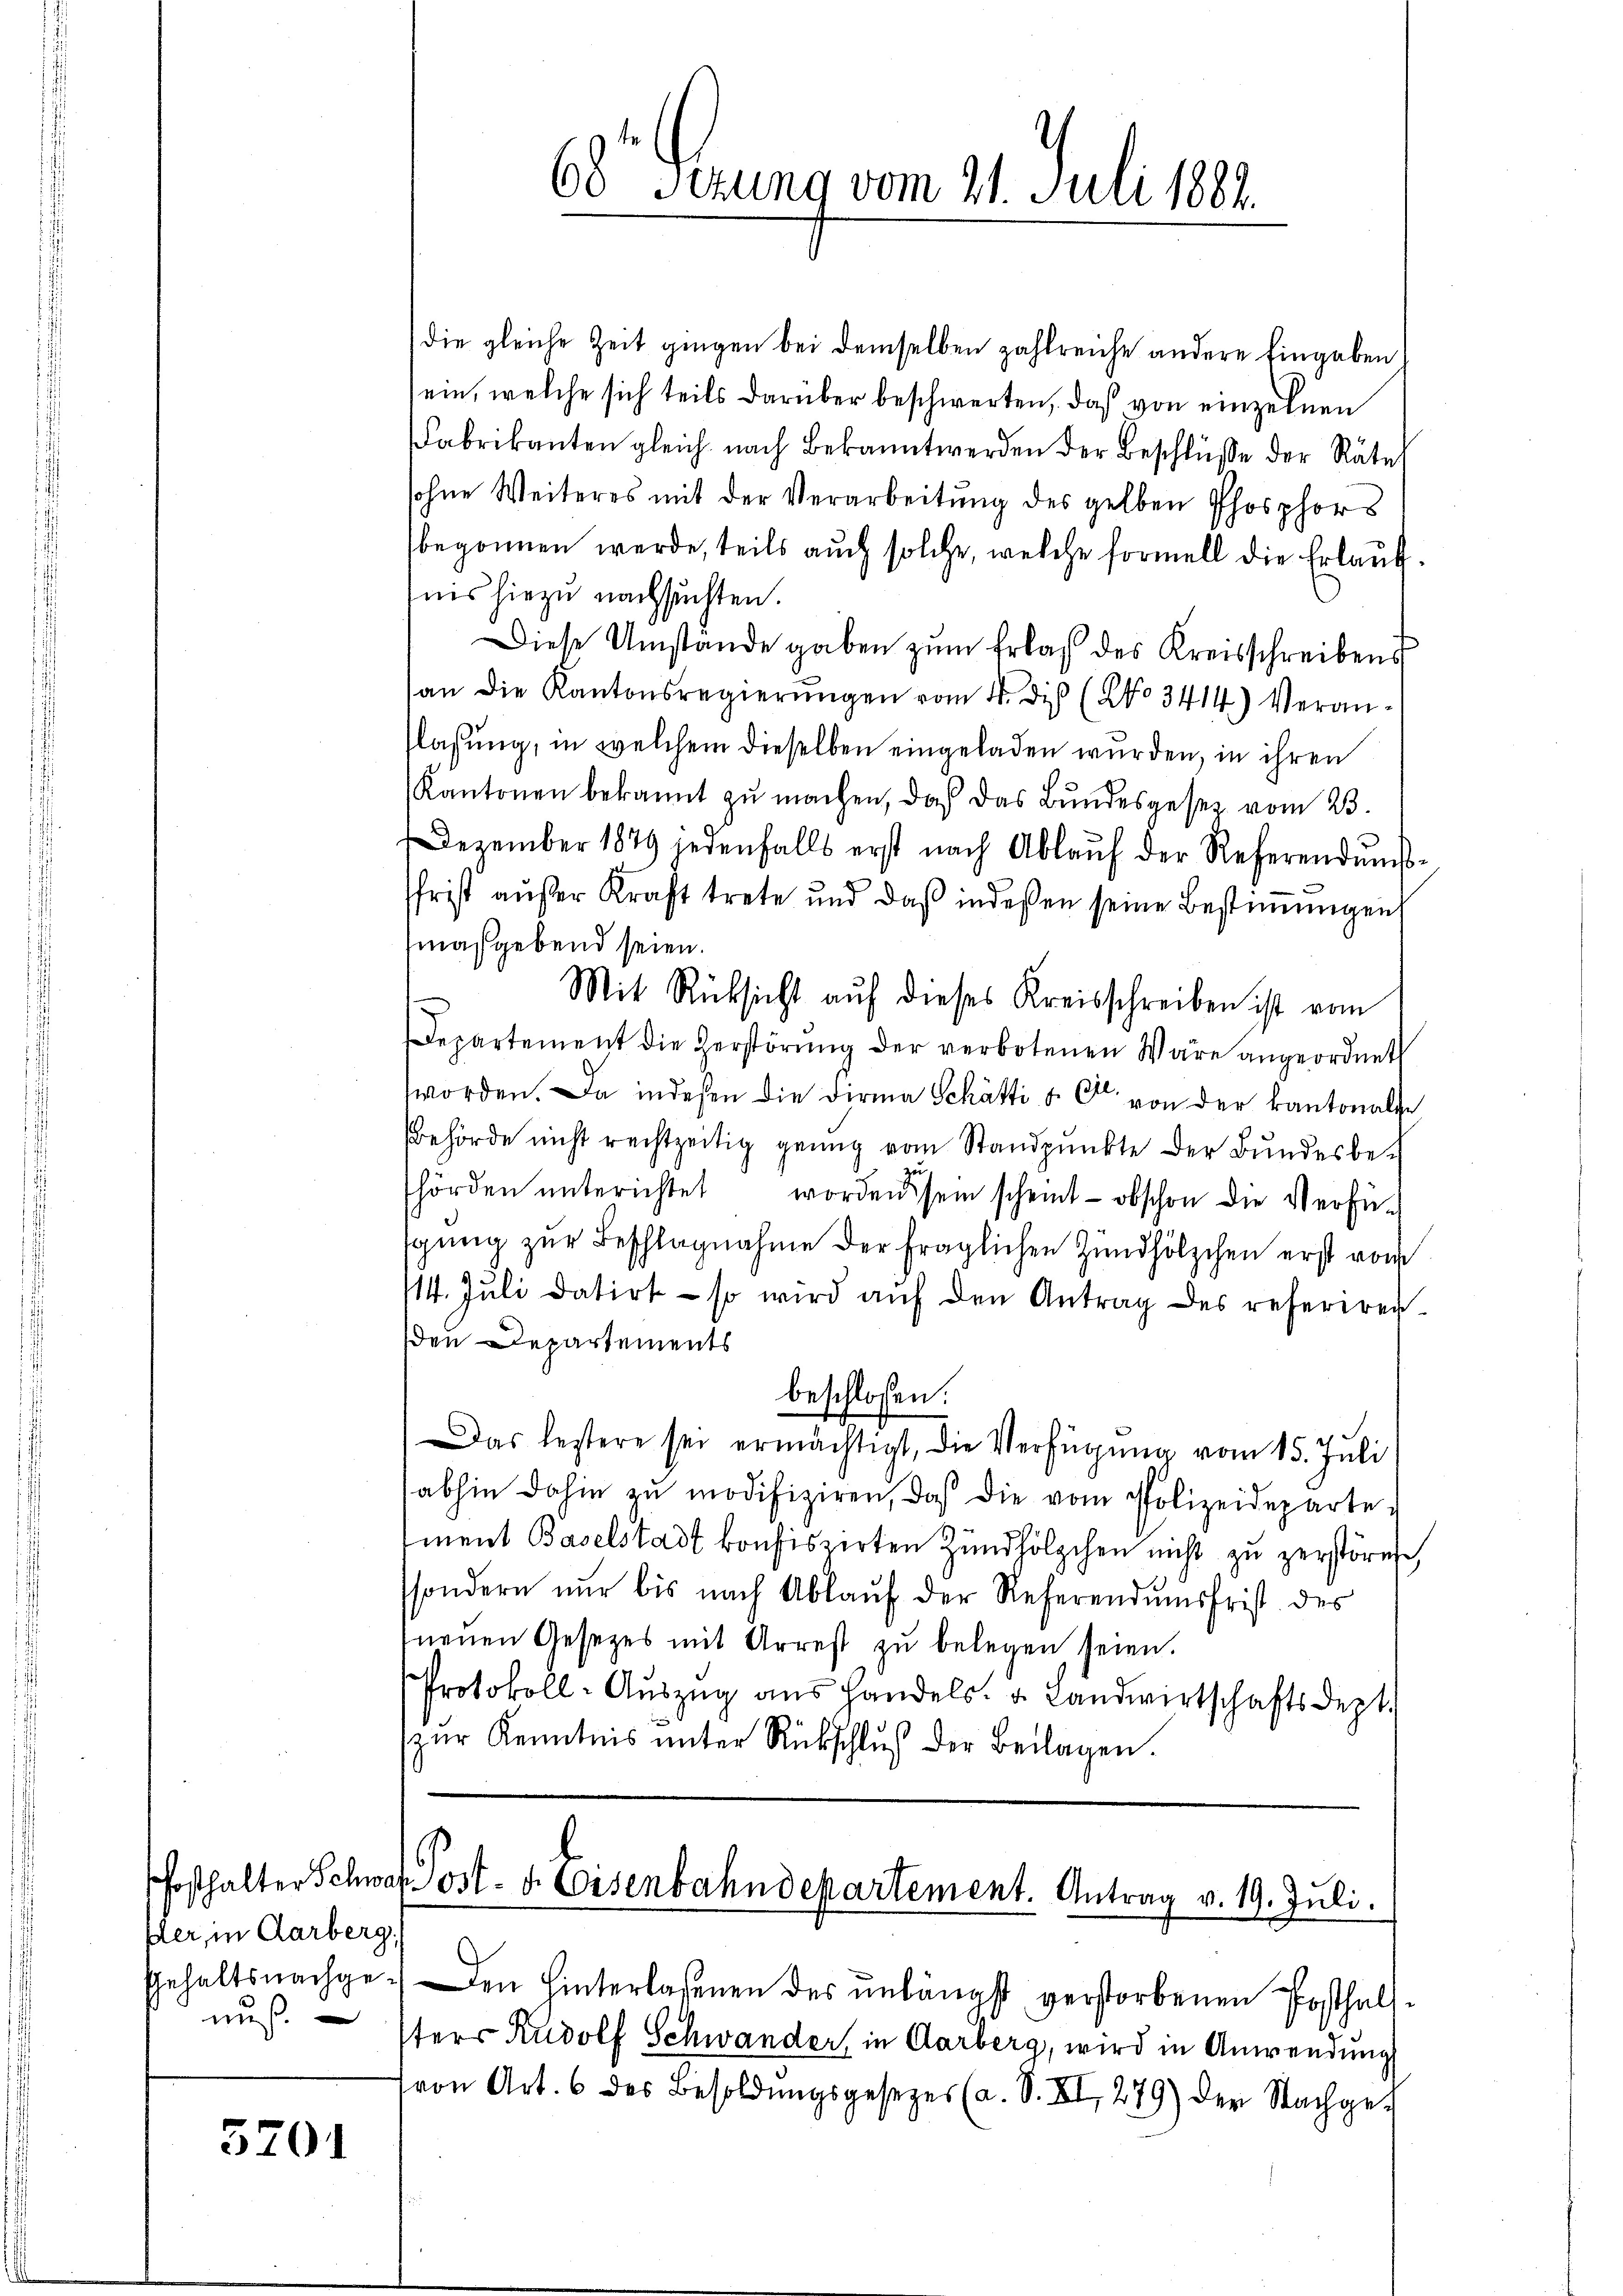
fler, in Aarberg,
Gehaltsnachgenuß

3701

68. Gerung vom 21. Juli 1882.

die gleiche Zeit gingen bei demselben zahlreiche andere Eingaben!
ein, welche sich teils darüber beschwerten, daß von einzelnen
Fabrikanten gleich nach Bekannt werden der Beschlüsse der Räte
sohne Weiteres mit der Verarbeitung des gelben Phosphors
begonnen werde, teils auch solche, welche formell die Erlaufnis hiezu nachsuchten.
Diese Umstände gaben zum Erlaß des Kreisschreibens
an die Kantonsregierŭngen vom 4. dieß (No 3414) Veranflassung, in welchem dieselben eingeladen wurden, in ihren
Kantonen bekannt zu machen, daß das Bundesgesetz vom 23.
Dezember 1879 jedenfalls erst nach Ablaŭf der Referendŭms-
sfrist außer Kraft trete und daß indeßen seine Bestimmungen
maßgebend seien.
Mit Rücksicht auf dieses Kreisschreiben ist vom
Departement die Herstörŭng der verbotenen Wäre angeordnet
worden. Da indesen die Firma Schätti u. C. von der Kantonale
Behörde nicht rechtzeitig genug vom Standpŭnkte der Bŭndesbe-
zu
hörden ŭnterichtet worden sein scheint - obschon die Verfü-
gung zur Beschlagnahme der fraglichen Zündhölzchen erst vom
11. Jŭli datirt so wird aŭf den Antrag des referiren-
en Departements
beschlossen:
Das bestere sei ermächtigt, die Verfügung vom 15. Juli
abhin dahin zŭ modifiziren, daß die vom Polizeideparte
ment Baselstadt konfiszirten Zündhölzchen nicht zu zerstören,
sondern nŭr bis nach Ablaŭf der Referendumsfrist des
neŭen Gesetzes mit Arrest zŭ belegen seien.
Protokoll-Aŭszŭg ans Handels- u. Landwirtschaftsdept.
zŭr Kenntnis ŭnter Rückschlŭβ der Beilagen.

Posthalter Schwar Post- u. Eisenbahndepartement. Antrag v. 19. Juli.

) Den Hinterlassenen des unlängst verstorbenen Posthalsters Rudolf Schwander, in Aarberg, wird in Anwendung
von Art. 6 des Besoldŭngsgesetzes (a. S. XI, 279) der Nachge¬